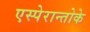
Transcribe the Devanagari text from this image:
एस्पेरान्तोके